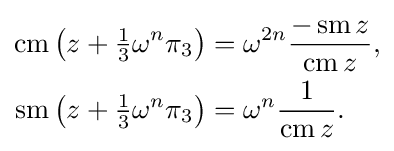
{\begin{aligned}\operatorname {cm} {\bigl (}z+{\tfrac {1}{3}}\omega ^{n}\pi _{3}{\bigr )}&=\omega ^{2n}{\frac {-\operatorname {sm} z}{\operatorname {cm} z}},\\\operatorname {sm} {\bigl (}z+{\tfrac {1}{3}}\omega ^{n}\pi _{3}{\bigr )}&=\omega ^{n}{\frac {1}{\operatorname {cm} z}}.\end{aligned}}